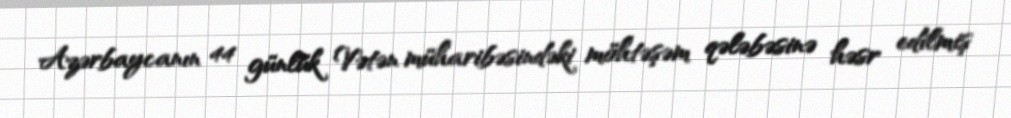
Azərbaycanın 44 günlük Vətən müharibəsindəki möhtəşəm qələbəsinə həsr edilmiş